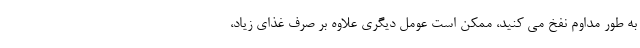
به طور مداوم نفخ می کنید، ممکن است عومل دیگری علاوه بر صرف غذای زیاد،